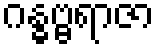
ဂန္ဓဗ္ဗရာဇာ